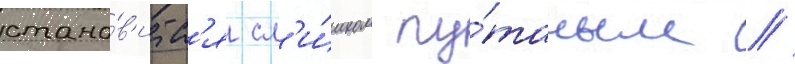
стано́в'итс'я сл'и́шком пу́таным /